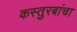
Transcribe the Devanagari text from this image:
कस्तुरबांचा